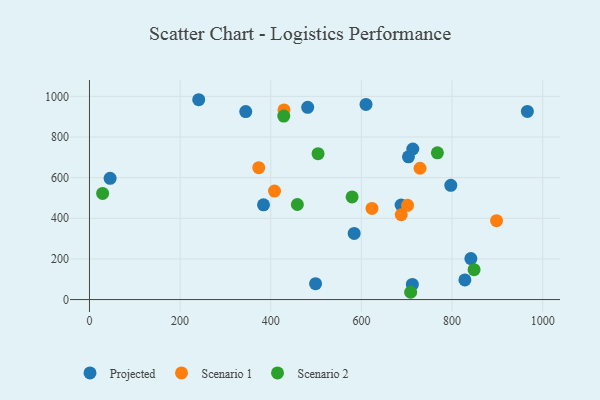
{"axis": {"x": "Investment", "y": "Exam Score"}, "legend": ["Projected", "Scenario 1", "Scenario 2"], "data": [{"x": "584.1", "y": 325.5, "type": "Projected"}, {"x": "384.0", "y": 466.3, "type": "Projected"}, {"x": "45.5", "y": 596.8, "type": "Projected"}, {"x": "797.3", "y": 562.1, "type": "Projected"}, {"x": "687.7", "y": 465.3, "type": "Projected"}, {"x": "703.9", "y": 702.6, "type": "Projected"}, {"x": "481.5", "y": 945.9, "type": "Projected"}, {"x": "241.0", "y": 983.4, "type": "Projected"}, {"x": "344.8", "y": 925.0, "type": "Projected"}, {"x": "966.3", "y": 925.8, "type": "Projected"}, {"x": "828.4", "y": 96.6, "type": "Projected"}, {"x": "841.6", "y": 201.8, "type": "Projected"}, {"x": "610.2", "y": 960.4, "type": "Projected"}, {"x": "713.5", "y": 740.9, "type": "Projected"}, {"x": "498.9", "y": 78.2, "type": "Projected"}, {"x": "712.5", "y": 74.4, "type": "Projected"}, {"x": "688.0", "y": 417.9, "type": "Scenario 1"}, {"x": "729.4", "y": 646.1, "type": "Scenario 1"}, {"x": "373.5", "y": 648.9, "type": "Scenario 1"}, {"x": "898.3", "y": 388.2, "type": "Scenario 1"}, {"x": "701.9", "y": 463.9, "type": "Scenario 1"}, {"x": "623.4", "y": 448.3, "type": "Scenario 1"}, {"x": "429.2", "y": 933.1, "type": "Scenario 1"}, {"x": "408.3", "y": 534.0, "type": "Scenario 1"}, {"x": "708.7", "y": 35.8, "type": "Scenario 2"}, {"x": "504.4", "y": 717.8, "type": "Scenario 2"}, {"x": "428.7", "y": 903.1, "type": "Scenario 2"}, {"x": "29.0", "y": 522.3, "type": "Scenario 2"}, {"x": "579.5", "y": 505.0, "type": "Scenario 2"}, {"x": "767.7", "y": 722.0, "type": "Scenario 2"}, {"x": "848.7", "y": 147.1, "type": "Scenario 2"}, {"x": "458.7", "y": 467.8, "type": "Scenario 2"}]}